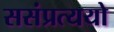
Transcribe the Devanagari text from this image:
ससंप्रत्ययो